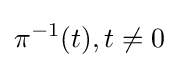
\pi ^{-1}(t),t\neq 0